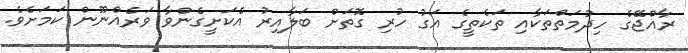
ރާއްޖޭގެ ހިދުމަތްތަކާއި ތަކެތީގެ އަގު ހުރި ގޮތަށް ބަލާއިރު އެކަށީގެންވާ ވަރެއްނޫން ކަމަށެވެ.